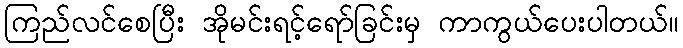
ကြည်လင်စေပြီး အိုမင်းရင့်ရော်ခြင်းမှ ကာကွယ်ပေးပါတယ်။